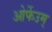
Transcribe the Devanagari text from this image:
ओर्फेउम्